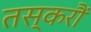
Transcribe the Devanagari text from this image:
तस्करौं